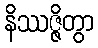
နိဿဇ္ဇိတွာ